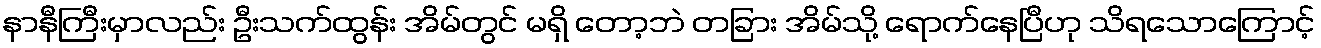
နာနီကြီးမှာလည်း ဦးသက်ထွန်း အိမ်တွင် မရှိ တော့ဘဲ တခြား အိမ်သို့ ရောက်နေပြီဟု သိရသောကြောင့်